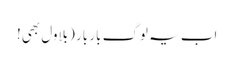
اب یہ لوگ بار بار (بلاول بھی!